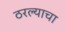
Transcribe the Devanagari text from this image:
ठरल्याचा